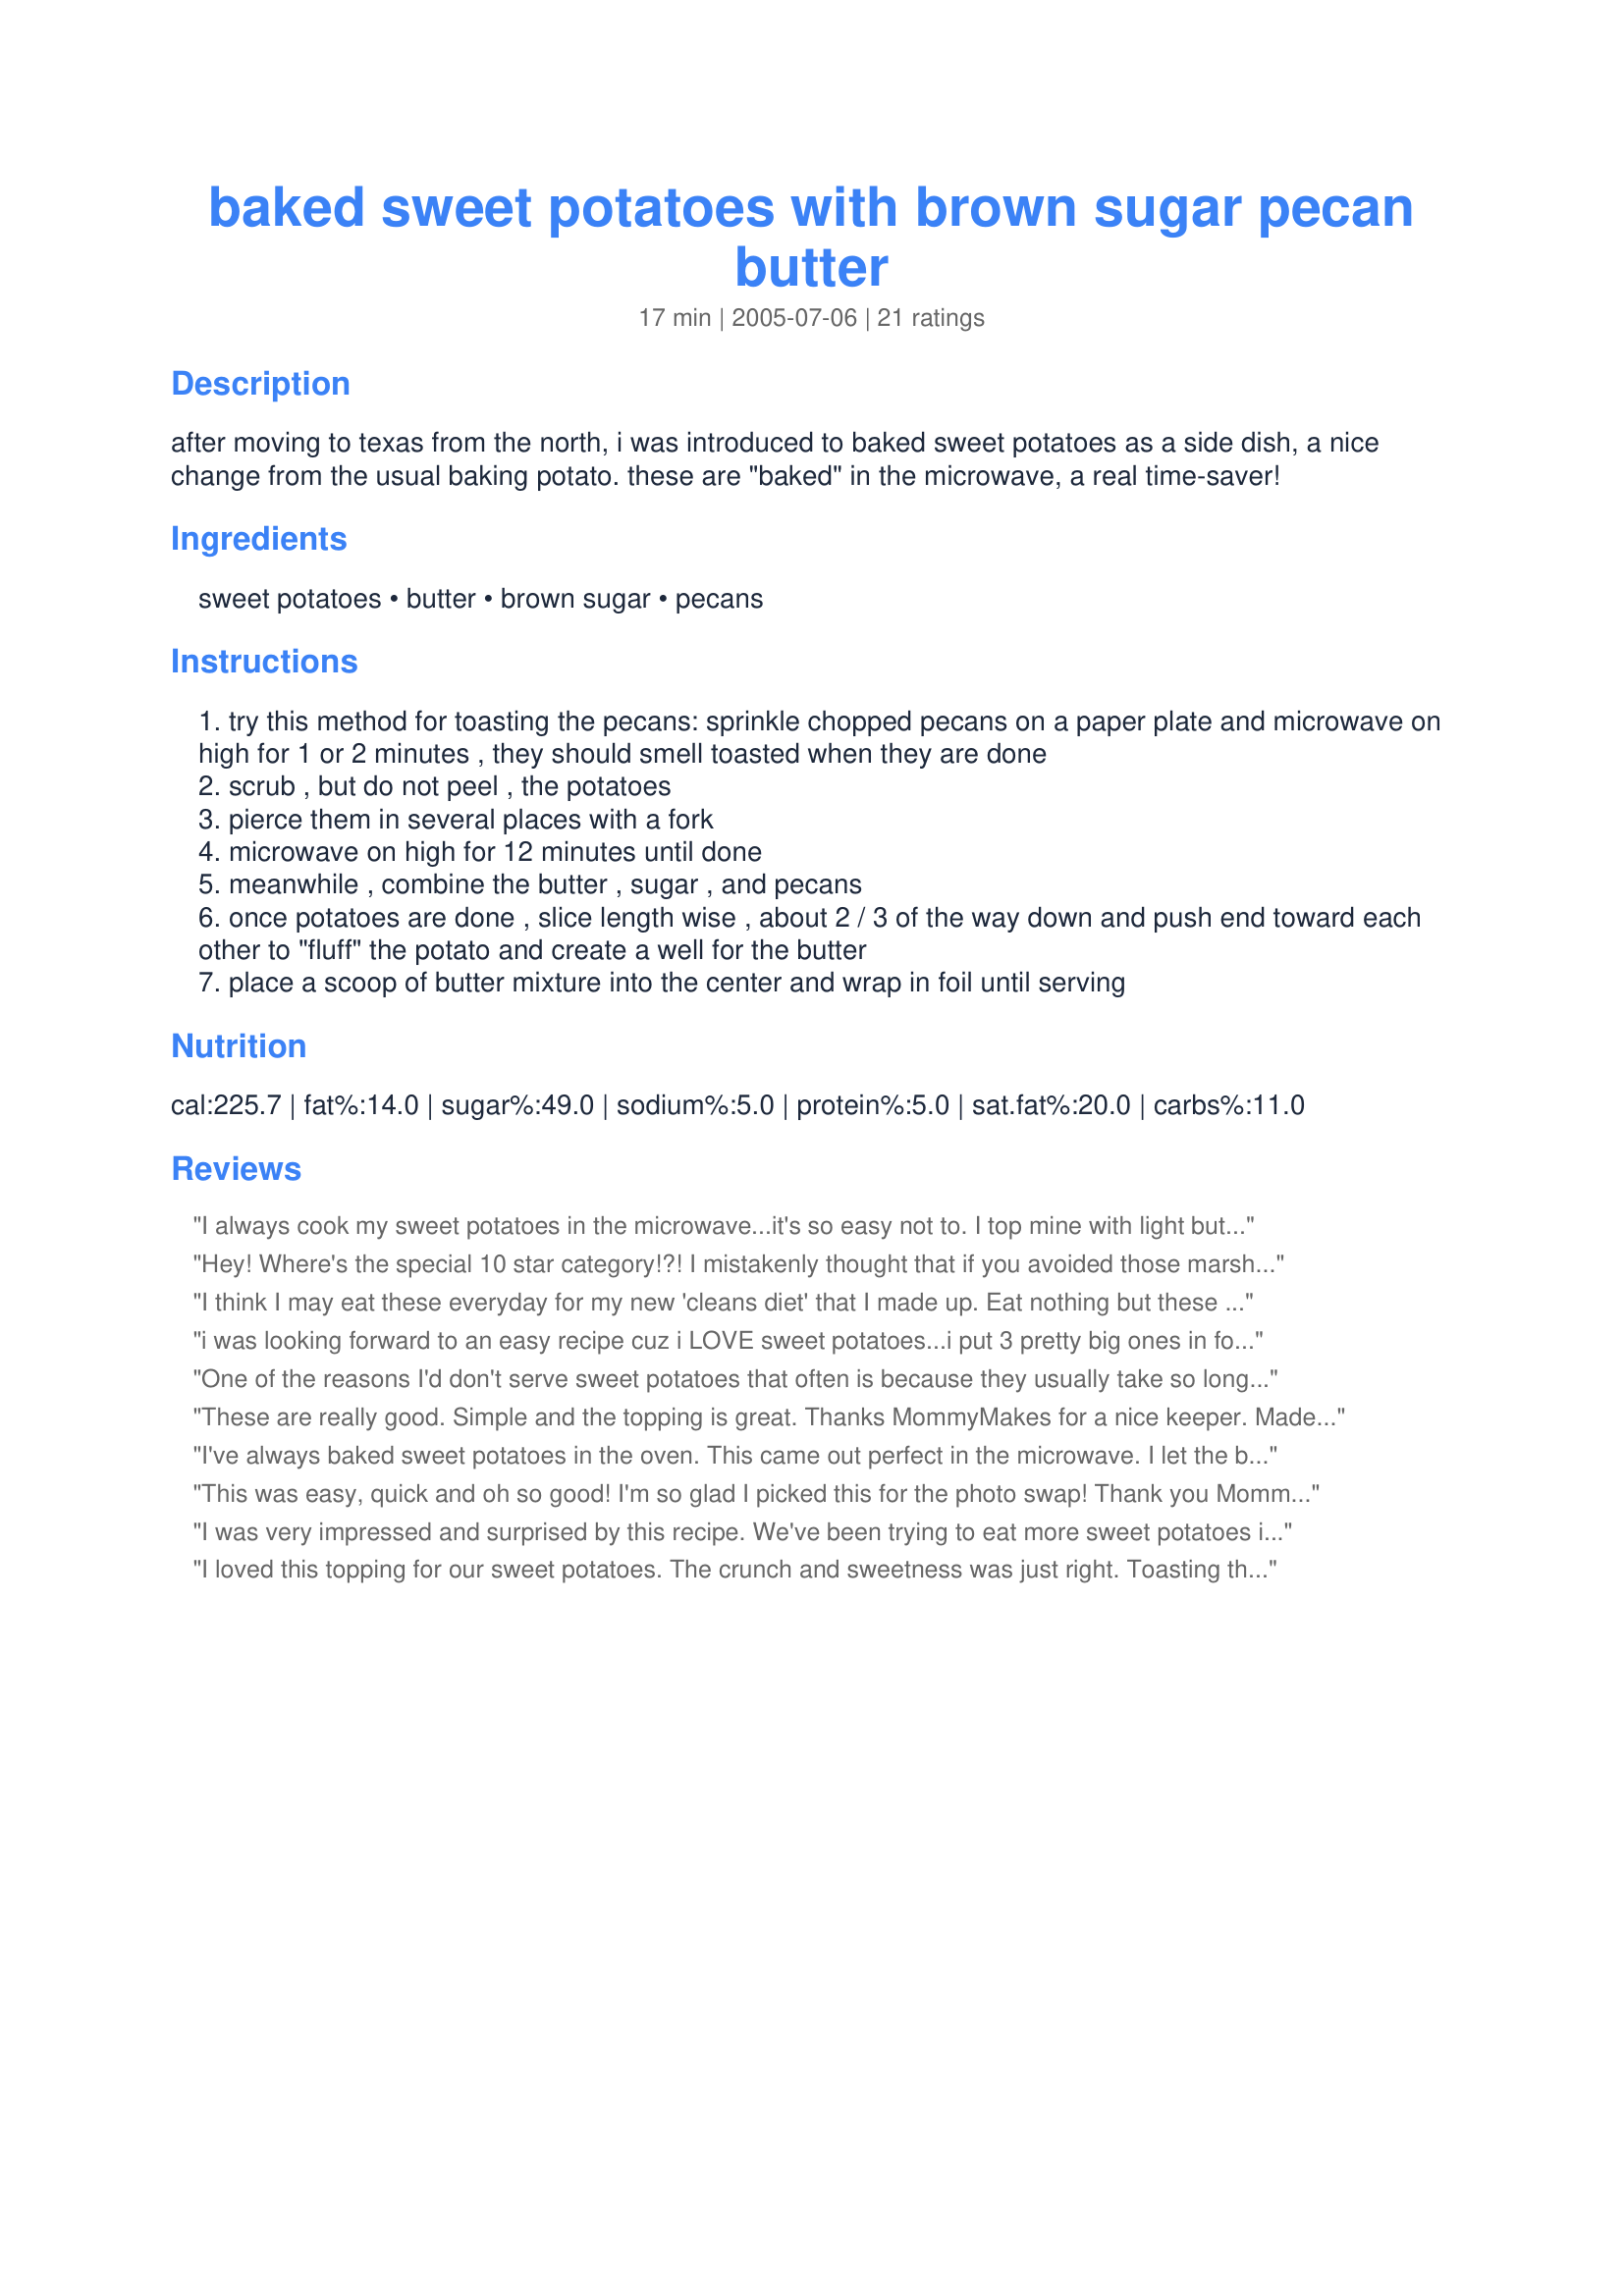
baked sweet potatoes with brown sugar pecan butter
Preparation time: 17 minutes

after moving to texas from the north, i was introduced to baked sweet potatoes as a side dish, a nice change from the usual baking potato. these are "baked" in the microwave, a real time-saver!

Ingredients:
sweet potatoes, butter, brown sugar, pecans

Steps:
try this method for toasting the pecans: sprinkle chopped pecans on a paper plate and microwave on high for 1 or 2 minutes , they should smell toasted when they are done
scrub , but do not peel , the potatoes
pierce them in several places with a fork
microwave on high for 12 minutes until done
meanwhile , combine the butter , sugar , and pecans
once potatoes are done , slice length wise , about 2 / 3 of the way down and push end toward each other to "fluff" the potato and create a well for the butter
place a scoop of butter mixture into the center and wrap in foil until serving

Reviews:
I always cook my sweet potatoes in the microwave...it's so easy not to. I top mine with light butter, splenda brown sugar and cinnamon. I had never thought to add PECANS! DELICIOUS! I'll make sure to add them in the future too. Thanks for a great addition.
Hey! Where's the special 10 star category!?! I mistakenly thought that if you avoided those marshmallow-topped or baked-in-an-orange-rind sweet potatoes, all other sweet potato recipes were about equal. Well, this recipe proved me wrong!
Delicious. My husband, who doesn't normally eat many sweet potatoes or yams had to forcibly restrain himself from finishing the last one so he could save it for lunch tomorrow. I melted the butter before adding the brown sugar and toasted pecans and it worked fine. Mmmmm.
I think I may eat these everyday for my new 'cleans diet' that I made up. Eat nothing but these delicious sweet potatoes. Made for Best of 2011 recipe tag.
i was looking forward to an easy recipe cuz i LOVE sweet potatoes...i put 3 pretty big ones in for 9 min just in case 12 was too much and they were ruined. it was way too long :( very disappointed
One of the reasons I'd don't serve sweet potatoes that often is because they usually take so long to fix. This recipe is so quick, easy and tasty that it will be a regular around here from now on!! We loved it! Thanks so much for sharing this winner.
These are really good. Simple and the topping is great. Thanks MommyMakes for a nice keeper. Made for Cookbook Tag.
I've always baked sweet potatoes in the oven. This came out perfect in the microwave. I let the butter soften and added cinnamon. Tasted like sweet potatoe casserole we eat during the holidays,without all the fuss. Thanks!
This was easy, quick and oh so good! I'm so glad I picked this for the photo swap! Thank you MommyMakes!
I was very impressed and surprised by this recipe. We've been trying to eat more sweet potatoes in place of normal potatoes. I love the topping on these...gives it a great kick of flavor! Don't let the fact that they're made in the microwave deter you...they taste great! I've been making this recipe quite often as a super quick and yummy side for quick weeknight meals. Thanks for posting!
I loved this topping for our sweet potatoes. The crunch and sweetness was just right. Toasting the pecans in the nuker was a great tip. I think that not melting the butter completely gave it a different consistency that was really nice. I will certainly make this again. One thing I did differently was that I baked my sweets in a crock pot on low for about 4 hours. Super easy and super tasty. Thanks for a recipe that makes sweet potatoes a real treat.
Mmmm, this is so good. The pecans really add a wonderful flavor. I did not toast them, though, but used them right out of the bag. I did add just a hint of cinnamon and it was perfect! Thank you for the wonderful recipe. It is so quick and easy using the microwave to cook the potatoes. I'm sure I will make these again and again.
Loved these, thanks!
sounds good I will try for our Thanksgiving dinner
I tried it and I absolutely love this quick recipe. I made it for a friend the other day and we both couldn't stop talking about how good it was. I didn't even need to make a dessert afterwards. 5 stars and 2 thumbs up! Thanks for sharing!

This was so good! The only change was that I added a small amount of cinnamon. Thanks for the quick pecan toasting tip and a great recipe.
Great new side for us! My daughter doesn't like nuts so I left them off of hers. Great recipe Mommy!
What a treat! I made these with Recipe #77619, Brined Pork Chops, and it made a great autumn supper! Thanks! 

We have a restaurant that serves these sweet potatoes, made these tonite and this recipe is as good as the ones they serve...5 stars all the way...just used sugar free maple syrup on them...yum
Love, Love, Love these! I made 2 large potatoes - cooked them about 8 minutes and they were just right. So easy, yet so delicious! Thank you for sharing!
I had never thought to bake sweet potatoes in the microwave. They turned out wonderful and the short cooking time is such a benefit. The brown sugar butter was yummy. Thanks for a quicker way to cook a family favorite.
We were having family come to town and I knew white potatoes weren't going to be diet-friendly, so I chose this recipe. It's the first time I've made sweet potatoes at home because my family doesn't like sweet potatoes. Well, this is the recipe that changed all that! DH couldn't stop raving about how good it was, and said he wished I'd made more! I'll definitely be making these again and again. Thanks for the quick and easy microwave method, as that freed up the oven, and will be really handy come Thanksgiving. Thanks, MommyMakes!
